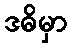
ဒဓိမှာ